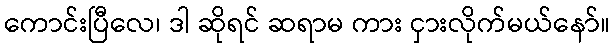
ကောင်းပြီလေ၊ ဒါ ဆိုရင် ဆရာမ ကား ငှားလိုက်မယ်နော်။